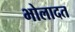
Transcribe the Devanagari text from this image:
भोलादत